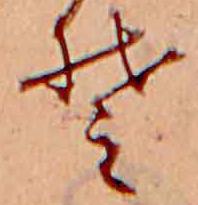
そ